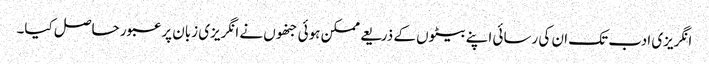
انگریزی ادب تک ان کی رسائی اپنے بیٹوں کے ذریعے ممکن ہوئی جنھوں نے انگریزی زبان پر عبور حاصل کیا۔